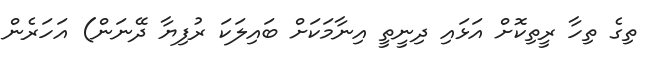
ތިގެ ތިހާ ރީތިކޮށް އަޅައި ދިނީތީ އިނާމަކަށް ބައިލަކަ ރުފިޔާ ދޭނަން) އަހަރެން